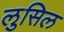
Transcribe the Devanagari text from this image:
लुसिल